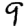
Digit: 9